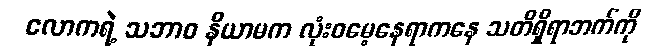
လောကရဲ့ သဘာဝ နိယာမက လုံးဝမေ့နေရာကနေ သတိရှိရာဘက်ကို